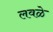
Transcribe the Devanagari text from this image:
लवळे